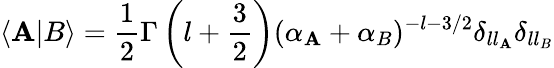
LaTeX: \langle\mathbf{A}|B\rangle=\frac{{1}}{{2}}\Gamma\left(l+\frac{{3}}{{2}}\right)(\alpha_{\mathbf{A}}+\alpha_{B})^{-l-3/2}\delta_{ll_{\mathbf{A}}}\delta_{ll_{B}}